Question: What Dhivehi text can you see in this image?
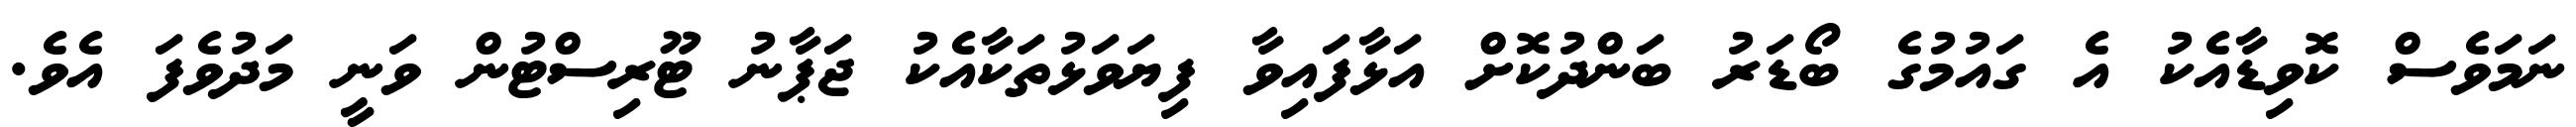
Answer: ނަމަވެސް ކޮވިޑާއެކު އެ ގައުމުގެ ބޯޑަރު ބަންދުކޮށް އަޅާފައިވާ ފިޔަވަޅުތަކާއެކު ޖަޕާނު ޓޫރިސްޓުން ވަނީ މަދުވެފަ އެވެ.